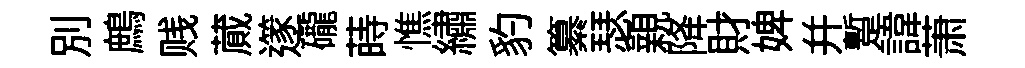
別鷓贱蕆𨗹礲蒔憔繡豹纂瑟親降財婢并蹔諱萧